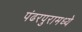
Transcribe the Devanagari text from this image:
पंढरपुरामध्ये